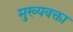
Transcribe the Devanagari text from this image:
मुख्यवक्ता